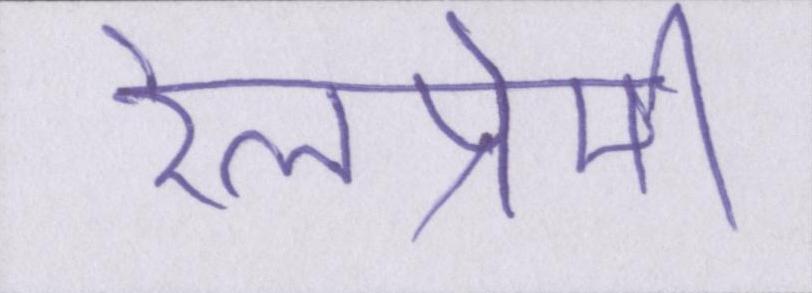
रेलप्रेमी